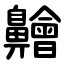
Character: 䶐